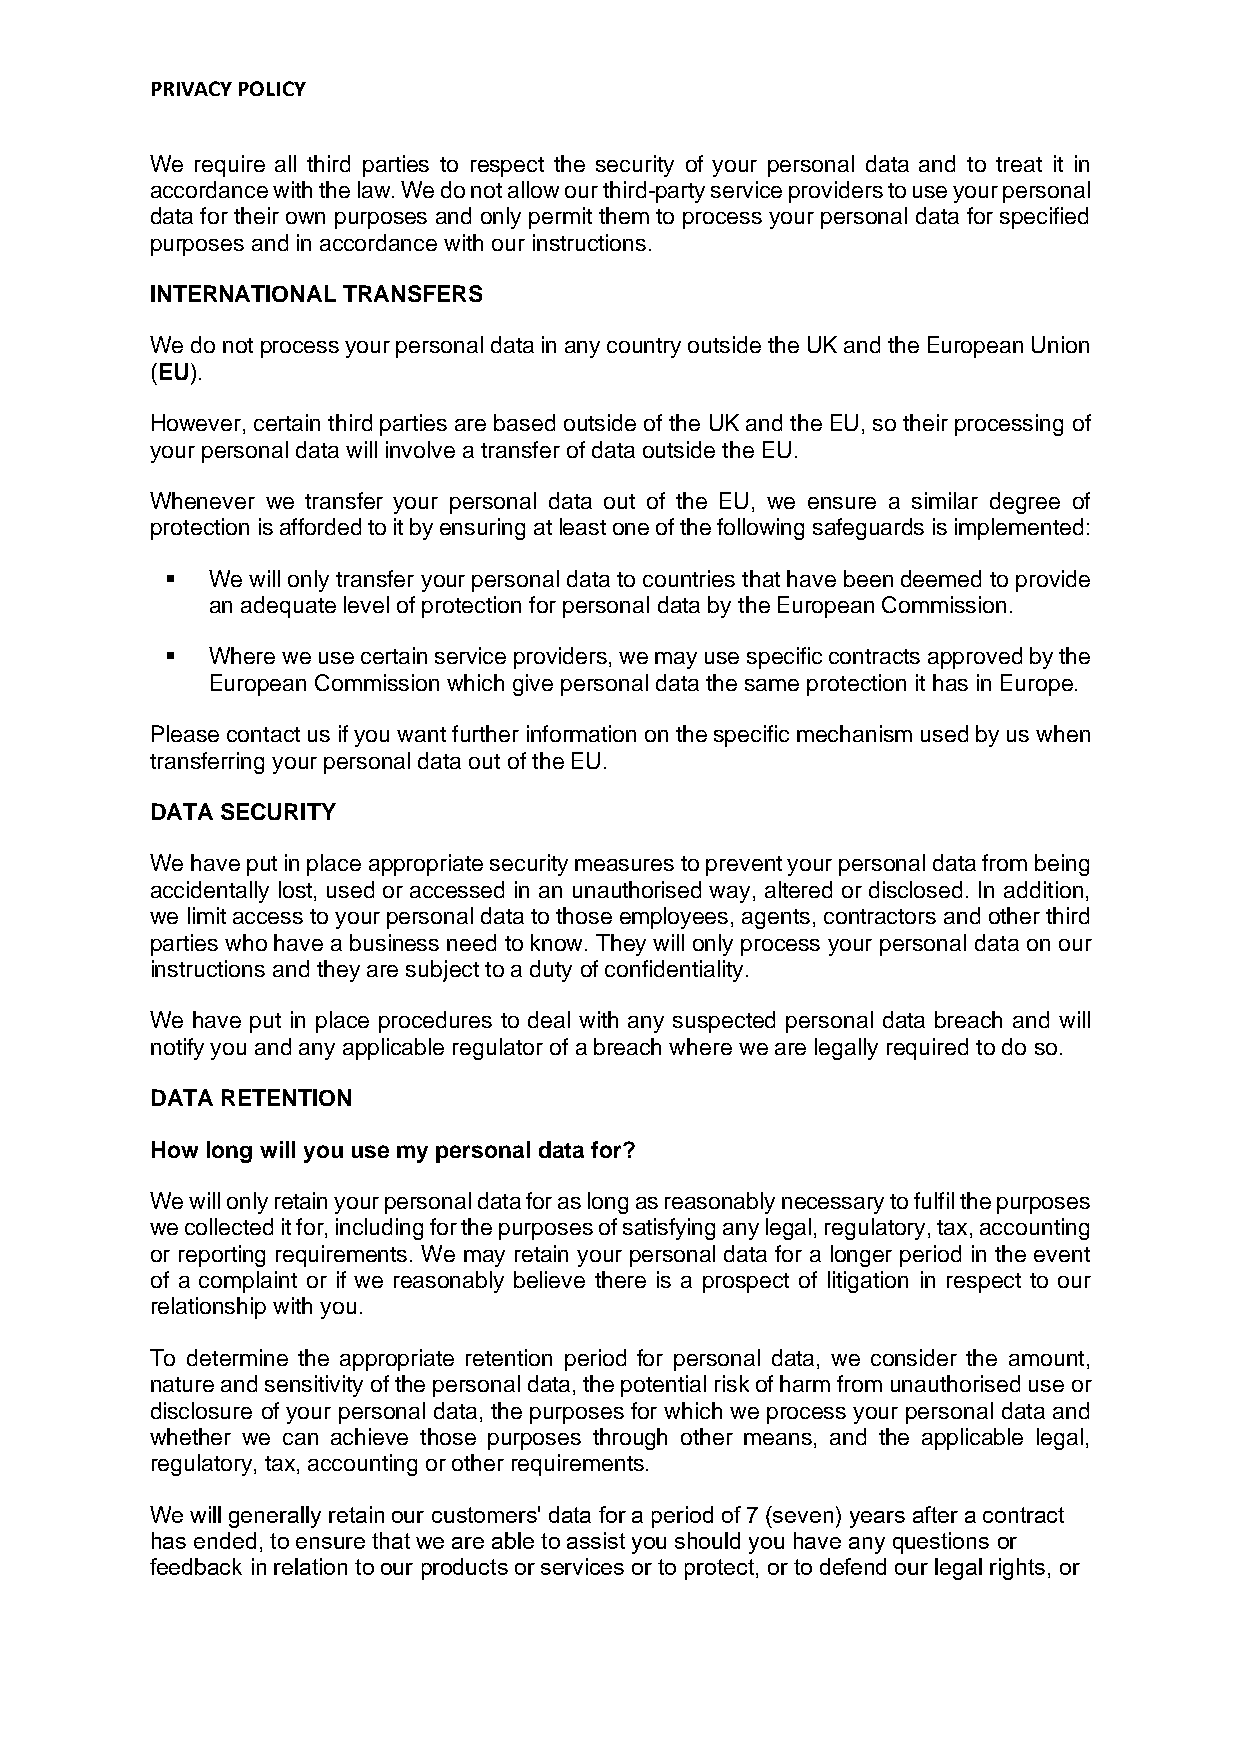
PRIVACY POLICY
 We require all third parties to respect the security of your personal data and to treat it in
 accordance with the law. We do not allow our third-party service providers to use your personal
 data for their own purposes and only permit them to process your personal data for specified
 purposes and in accordance with our instructions.
 INTERNATIONAL TRANSFERS
 We do not process your personal data in any country outside the UK and the European Union
 (EU).
 However, certain third parties are based outside of the UK and the EU, so their processing of
 your personal data will involve a transfer of data outside the EU.
 Whenever we transfer your personal data out of the EU, we ensure a similar degree of
 protection is afforded to it by ensuring at least one of the following safeguards is implemented:
 ▪  We will only transfer your personal data to countries that have been deemed to provide
 an adequate level of protection for personal data by the European Commission.
 ▪  Where we use certain service providers, we may use specific contracts approved by the
 European Commission which give personal data the same protection it has in Europe.
 Please contact us if you want further information on the specific mechanism used by us when
 transferring your personal data out of the EU.
 DATA SECURITY
 We have put in place appropriate security measures to prevent your personal data from being
 accidentally lost, used or accessed in an unauthorised way, altered or disclosed. In addition,
 we limit access to your personal data to those employees, agents, contractors and other third
 parties who have a business need to know. They will only process your personal data on our
 instructions and they are subject to a duty of confidentiality.
 We have put in place procedures to deal with any suspected personal data breach and will
 notify you and any applicable regulator of a breach where we are legally required to do so.
 DATA RETENTION
 How long will you use my personal data for?
 We will only retain your personal data for as long as reasonably necessary to fulfil the purposes
 we collected it for, including for the purposes of satisfying any legal, regulatory, tax, accounting
 or reporting requirements. We may retain your personal data for a longer period in the event
 of a complaint or if we reasonably believe there is a prospect of litigation in respect to our
 relationship with you.
 To determine the appropriate retention period for personal data, we consider the amount,
 nature and sensitivity of the personal data, the potential risk of harm from unauthorised use or
 disclosure of your personal data, the purposes for which we process your personal data and
 whether we can achieve those purposes through other means, and the applicable legal,
 regulatory, tax, accounting or other requirements.
 We will generally retain our customers' data for a period of 7 (seven) years after a contract
 has ended, to ensure that we are able to assist you should you have any questions or
 feedback in relation to our products or services or to protect, or to defend our legal rights, or